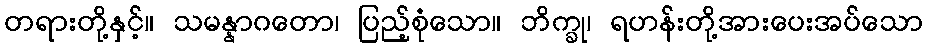
တရားတို့နှင့်။ သမန္နာဂတော၊ ပြည့်စုံသော။ ဘိက္ခု၊ ရဟန်းတို့အားပေးအပ်သော